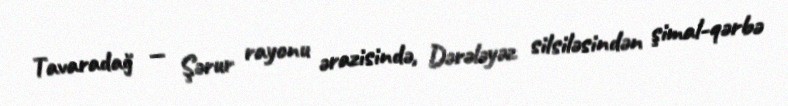
Tavaradağ — Şərur rayonu ərazisində, Dərələyəz silsiləsindən şimal-qərbə